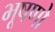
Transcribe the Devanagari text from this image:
भूषणो